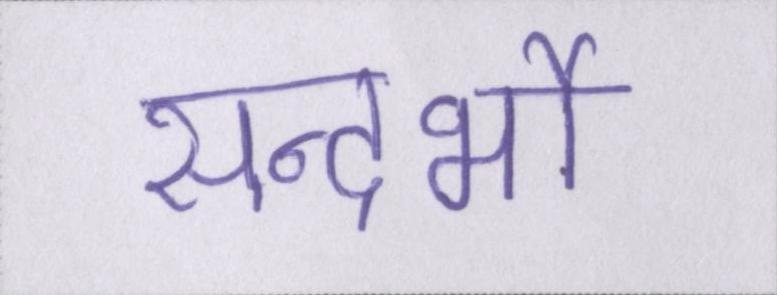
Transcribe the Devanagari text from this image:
सन्दर्भो